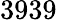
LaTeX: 3939